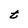
Character: t